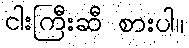
ငါးကြီးဆီ စားပါ။